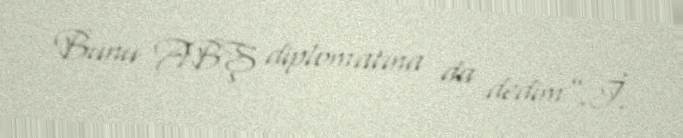
Bunu ABŞ diplomatına da dedim”.İ.